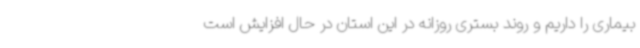
بیماری را داریم و روند بستری روزانه در این استان در حال افزایش است